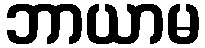
ဘာယာမ